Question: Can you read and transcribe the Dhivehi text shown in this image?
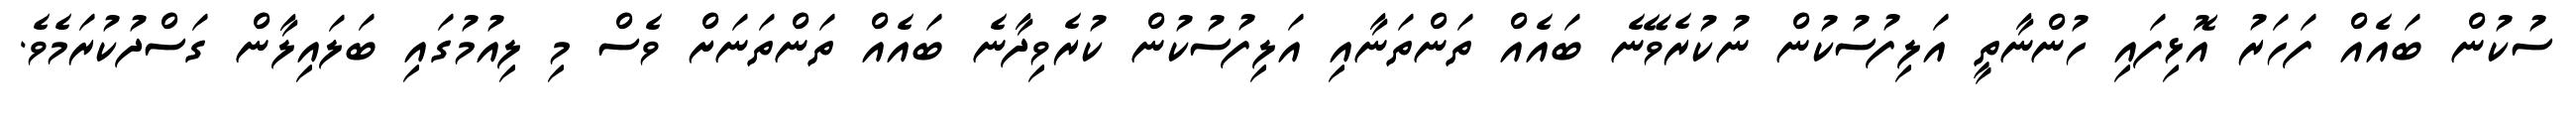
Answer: ސުކުން ބައެއް ފަހަރު އޮޅިފައި ހުންނާތީ އަލިފުސުކުން ނުކުރެވޭނެ ބައެއް ތަންތަނާއި އަލިފުސުކުން ކުރެވިދާނެ ބައެއް ތަންތަނަށް ވެސް މި ލިއުމުގައި ބަލައިލާން ގަސްދުކުރަމެވެ.